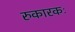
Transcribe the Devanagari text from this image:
रुकारकः